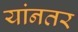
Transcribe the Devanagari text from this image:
यांनतर